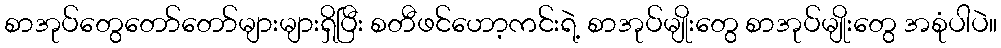
စာအုပ်တွေတော်တော်များများရှိပြီး စတီဖင်ဟော့ကင်းရဲ့ စာအုပ်မျိုးတွေ စာအုပ်မျိုးတွေ အစုံပါပဲ။